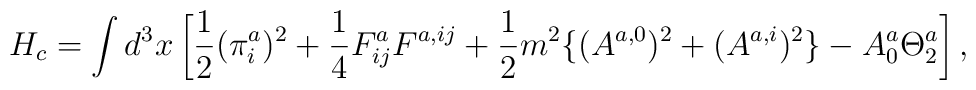
H_c = \int d^3x \left[                \frac{1}{2} (\pi_i^{a})^2 + \frac{1}{4} F_{ij}^{a} F^{a, ij}              + \frac{1}{2} m^2 \{ (A^{a,0})^2 + (A^{a,i})^2 \}              - A_0^{a} \Theta_2^{a}              \right],